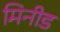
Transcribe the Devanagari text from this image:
मिनीड